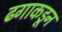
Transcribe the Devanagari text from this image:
ढगाकडून